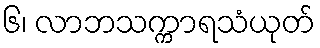
၆၊ လာဘသက္ကာရသံယုတ်